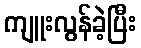
ကျူးလွန်ခဲ့ပြီး